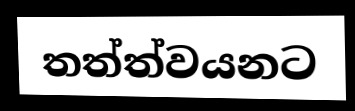
තත්ත්වයනට